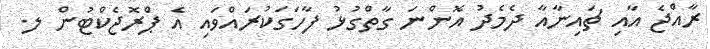
ރާއްޖެ އާއި ޗައިނާއާ ދެމެދު އޮންނަ ގާތްގުޅު ފާހަގަކުރައްވައި އެ ޕްރޮޖެކްޓުން ލ.